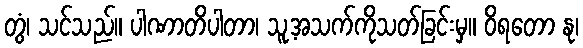
တွံ၊ သင်သည်။ ပါဏာတိပါတာ၊ သူ့အသက်ကိုသတ်ခြင်းမှ။ ဝိရတော နု၊